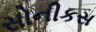
સોનીકસ